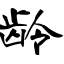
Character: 龄